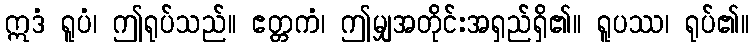
ဣဒံ ရူပံ၊ ဤရုပ်သည်။ ဧတ္တကံ၊ ဤမျှအတိုင်းအရှည်ရှိ၏။ ရူပဿ၊ ရုပ်၏။